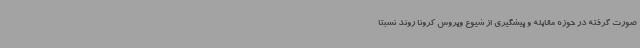
صورت گرفته در حوزه مقابله و پیشگیری از شیوع ویروس کرونا روند نسبتا